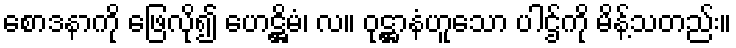
စောဒနာကို ဖြေလို၍ ဟေဋ္ဌိမံ၊ လ။ ဝုဋ္ဌာနံဟူသော ပါဌ်ကို မိန့်သတည်း။